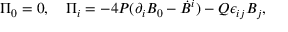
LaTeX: \Pi _ { 0 } = 0 , ~ ~ ~ \Pi _ { i } = - 4 P ( \partial _ { i } B _ { 0 } - \dot { B } ^ { i } ) - Q \epsilon _ { i j } B _ { j } ,